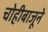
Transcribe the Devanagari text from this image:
चोहीबाजूने